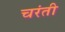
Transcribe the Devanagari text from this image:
चरंती